65_HS1-834228961_62-HQ-83894_Serial_130
Agency: FBI
Page 61
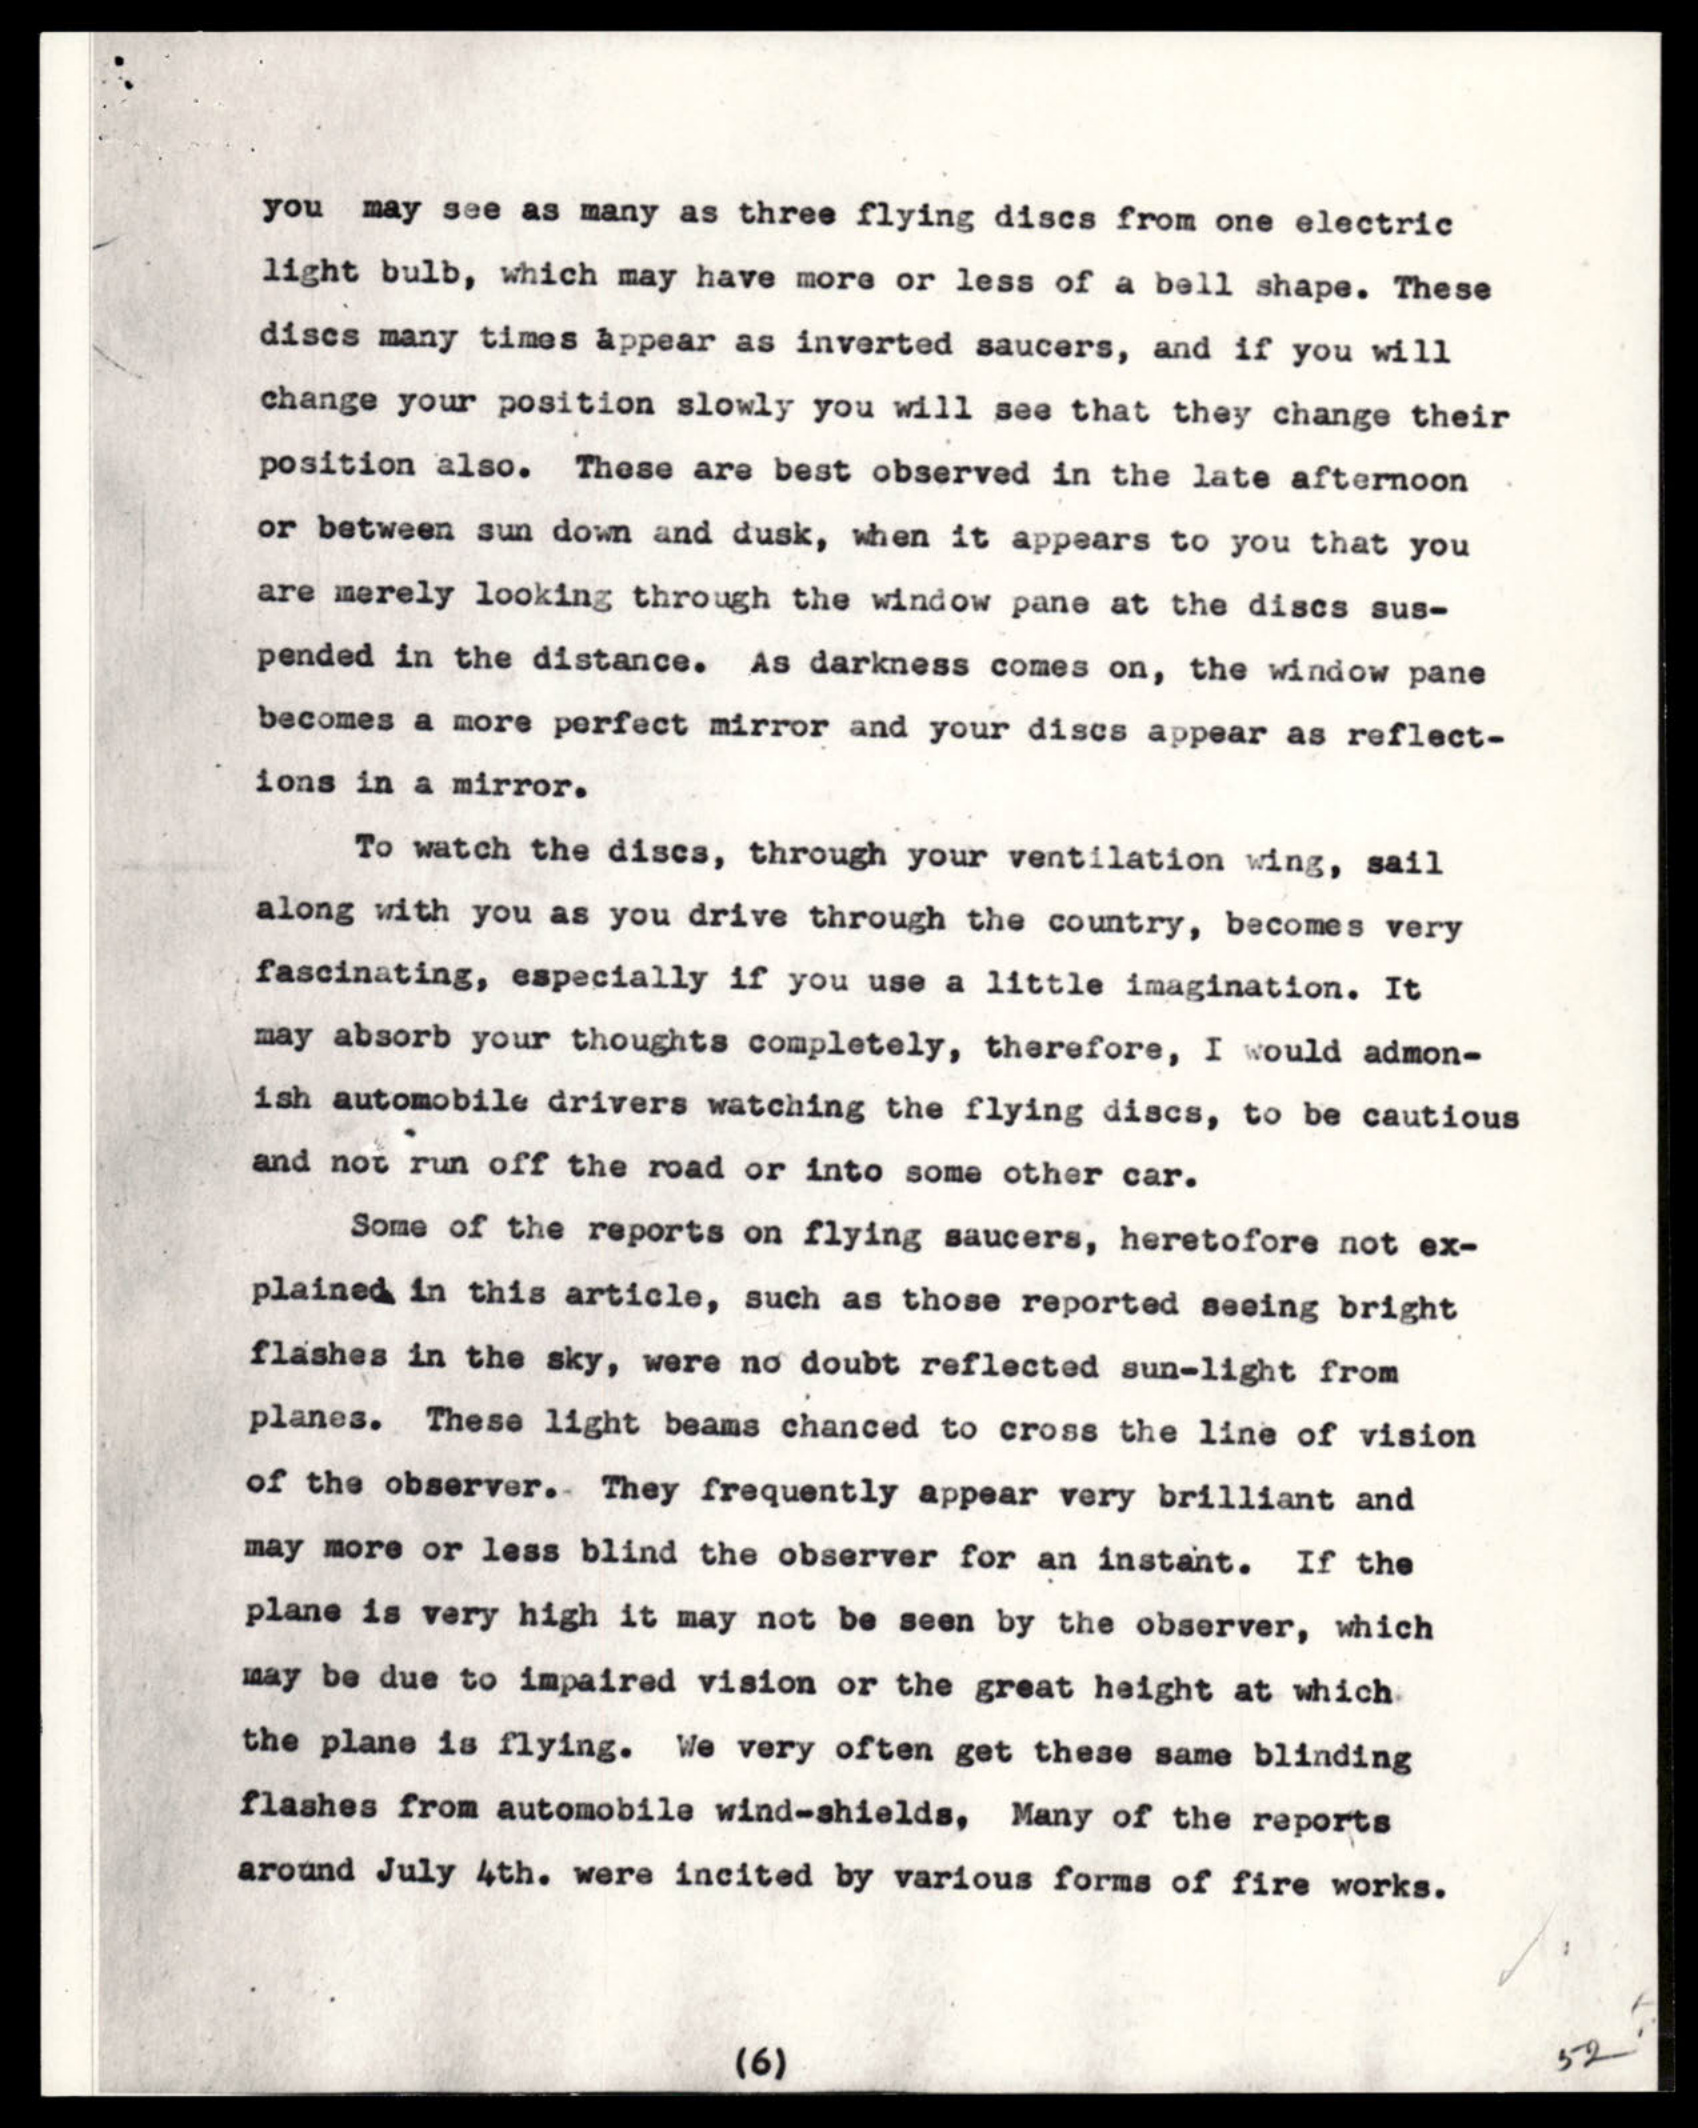